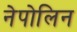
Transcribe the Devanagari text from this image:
नेपोलिन